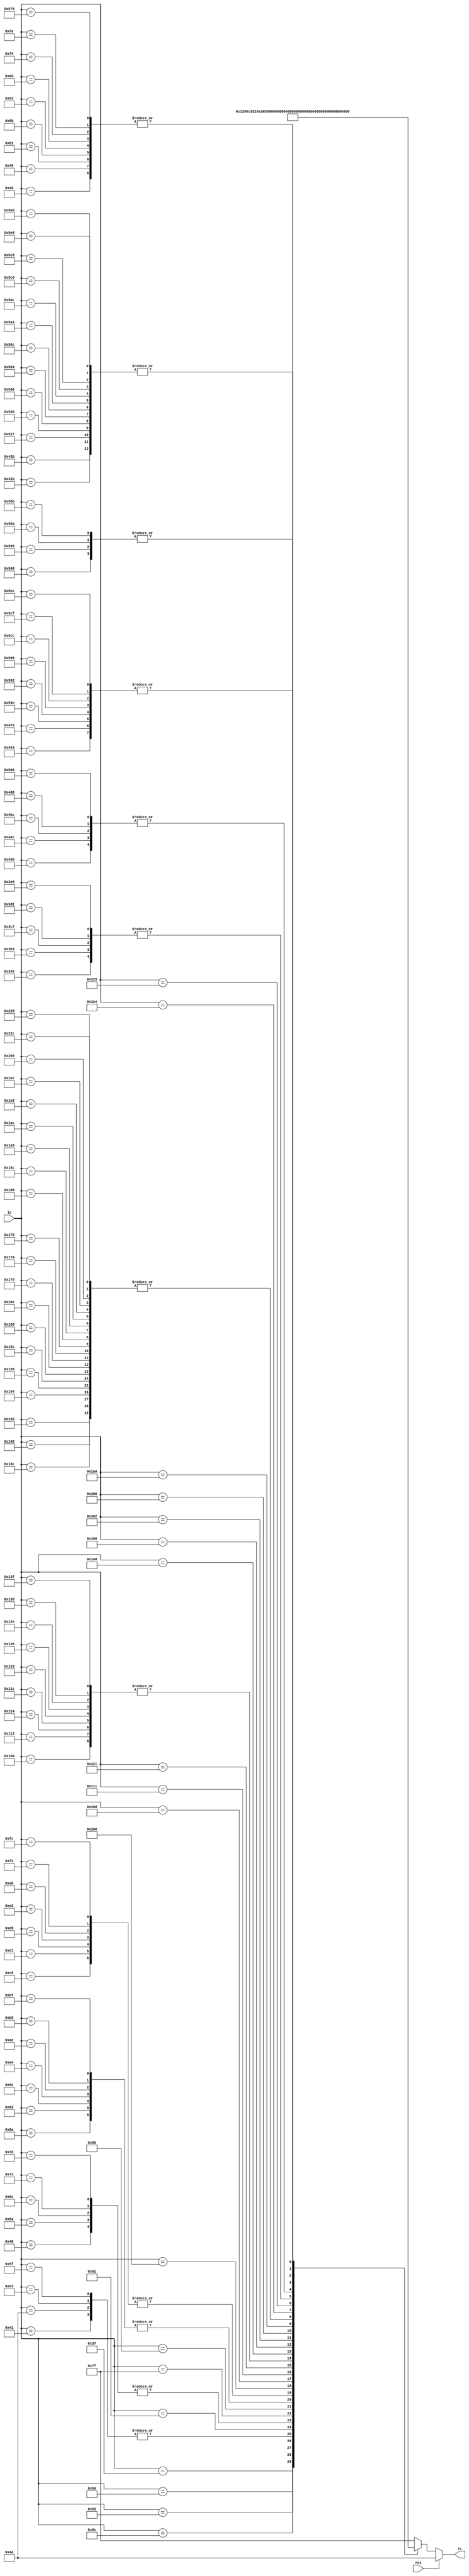
//
// Copyright (c) 2014-2020 by 1801BM1@gmail.com
//
// MC1611 Microinstruction Decoder for LSI-11
// MC1621 Microinstruction Decoder for LSI-11
// MC1621 Programmable Translation Array (PTA) for LSI-11
// Compatible with DEC MCP-1631-07/10/15 MicROM
//______________________________________________________________________________
//
// Array 1/2 takes Location Counter(LC) and provides 7 bit Translation Code (TC)
//
module mcp_pta12
(
   input  rni,          // read next instruction
   input  [10:0] lc,    // location counter
   output [6:0] tc      // translation code
);

reg [6:0] tcr;
assign tc = rni ? 7'h4A : tcr;

always @(*)
case(lc)
   11'b00000110111: tcr <= 7'h25;   // 0067 / 037
   11'b00001000000: tcr <= 7'h13;   // 0100 / 040
   11'b00001000001: tcr <= 7'h51;   // 0101 / 041
   11'b00001001000: tcr <= 7'h32;   // 0110 / 048
   11'b00001001001: tcr <= 7'h13;   // 0111 / 049
   11'b00001001010: tcr <= 7'h51;   // 0112 / 04A
   11'b00001010000: tcr <= 7'h16;   // 0120 / 050
   11'b00001010001: tcr <= 7'h13;   // 0121 / 051
   11'b00001010010: tcr <= 7'h64;   // 0122 / 052
   11'b00001010011: tcr <= 7'h51;   // 0123 / 053
   11'b00001011010: tcr <= 7'h32;   // 0132 / 05A
   11'b00001011011: tcr <= 7'h13;   // 0133 / 05B
   11'b00001011100: tcr <= 7'h4C;   // 0134 / 05C
   11'b00001011111: tcr <= 7'h51;   // 0137 / 05F
   11'b00001100001: tcr <= 7'h23;   // 0141 / 061
   11'b00001100011: tcr <= 7'h13;   // 0143 / 063
   11'b00001101100: tcr <= 7'h32;   // 0154 / 06C
   11'b00001101101: tcr <= 7'h13;   // 0155 / 06D
   11'b00001110011: tcr <= 7'h32;   // 0163 / 073
   11'b00001110100: tcr <= 7'h13;   // 0164 / 074
   11'b00001111101: tcr <= 7'h32;   // 0175 / 07D
   11'b00001111110: tcr <= 7'h13;   // 0176 / 07E
   11'b00001111111: tcr <= 7'h52;   // 0177 / 07F
   11'b00010000000: tcr <= 7'h68;   // 0200 / 080
   11'b00010001010: tcr <= 7'h38;   // 0212 / 08C
   11'b00010010010: tcr <= 7'h38;   // 0222 / 092
   11'b00010011100: tcr <= 7'h38;   // 0234 / 09C
   11'b00010100100: tcr <= 7'h38;   // 0244 / 0A4
   11'b00010101110: tcr <= 7'h38;   // 0256 / 0AE
   11'b00010110101: tcr <= 7'h38;   // 0265 / 0B5
   11'b00010111111: tcr <= 7'h38;   // 0277 / 0BF
   11'b00011001000: tcr <= 7'h15;   // 0310 / 0C8
   11'b00011010001: tcr <= 7'h15;   // 0321 / 0D1
   11'b00011011001: tcr <= 7'h15;   // 0331 / 0D9
   11'b00011100010: tcr <= 7'h15;   // 0342 / 0E2
   11'b00011101011: tcr <= 7'h15;   // 0353 / 0EB
   11'b00011110010: tcr <= 7'h15;   // 0362 / 0F2
   11'b00011111100: tcr <= 7'h15;   // 0374 / 0FC
   11'b00100000000: tcr <= 7'h70;   // 0400 / 100
   11'b00100001010: tcr <= 7'h58;   // 0412 / 10A
   11'b00100001101: tcr <= 7'h2A;   // 0415 / 10D
   11'b00100010001: tcr <= 7'h2C;   // 0421 / 111
   11'b00100010010: tcr <= 7'h58;   // 0422 / 112
   11'b00100010100: tcr <= 7'h58;   // 0424 / 114
   11'b00100011100: tcr <= 7'h58;   // 0434 / 11C
   11'b00100100001: tcr <= 7'h49;   // 0441 / 121
   11'b00100100011: tcr <= 7'h58;   // 0443 / 123
   11'b00100100110: tcr <= 7'h58;   // 0446 / 126
   11'b00100101110: tcr <= 7'h58;   // 0456 / 12E
   11'b00100110101: tcr <= 7'h58;   // 0465 / 135
   11'b00100111111: tcr <= 7'h58;   // 0477 / 13F
   11'b00101000000: tcr <= 7'h0B;   // 0500 / 140
   11'b00101001000: tcr <= 7'h4A;   // 0510 / 148
   11'b00101001100: tcr <= 7'h4A;   // 0514 / 14C
   11'b00101010000: tcr <= 7'h4A;   // 0520 / 150
   11'b00101010100: tcr <= 7'h4A;   // 0524 / 154
   11'b00101011000: tcr <= 7'h4A;   // 0530 / 158
   11'b00101011100: tcr <= 7'h4A;   // 0534 / 15C
   11'b00101100000: tcr <= 7'h07;   // 0540 / 160
   11'b00101100010: tcr <= 7'h26;   // 0542 / 162
   11'b00101101000: tcr <= 7'h4A;   // 0550 / 168
   11'b00101101100: tcr <= 7'h4A;   // 0554 / 16C
   11'b00101110000: tcr <= 7'h4A;   // 0560 / 170
   11'b00101110100: tcr <= 7'h4A;   // 0564 / 174
   11'b00101111000: tcr <= 7'h4A;   // 0570 / 178
   11'b00110000000: tcr <= 7'h0E;   // 0600 / 180
   11'b00110001000: tcr <= 7'h4A;   // 0610 / 188
   11'b00110001100: tcr <= 7'h4A;   // 0614 / 18C
   11'b00110100000: tcr <= 7'h0D;   // 0640 / 1A0
   11'b00110101000: tcr <= 7'h4A;   // 0650 / 1A8
   11'b00110101100: tcr <= 7'h4A;   // 0654 / 1AC
   11'b00111101000: tcr <= 7'h4A;   // 0750 / 1E8
   11'b00111101100: tcr <= 7'h4A;   // 0754 / 1EC
   11'b01000000000: tcr <= 7'h4A;   // 1000 / 200
   11'b01000101000: tcr <= 7'h4A;   // 1050 / 228
   11'b01000101100: tcr <= 7'h4A;   // 1054 / 22C
   11'b01010100100: tcr <= 7'h54;   // 1244 / 2A4
   11'b01100101001: tcr <= 7'h1A;   // 1451 / 329
   11'b01101000010: tcr <= 7'h1C;   // 1502 / 342
   11'b01110110011: tcr <= 7'h1C;   // 1663 / 3B3
   11'b01111000111: tcr <= 7'h1C;   // 1707 / 3C7
   11'b01111010001: tcr <= 7'h1C;   // 1721 / 3D1
   11'b01111101000: tcr <= 7'h1C;   // 1750 / 3E8
   11'b10000011011: tcr <= 7'h34;   // 2033 / 41B
   11'b10000111011: tcr <= 7'h34;   // 2073 / 43B
   11'b10001010011: tcr <= 7'h19;   // 2123 / 453
   11'b10001111010: tcr <= 7'h19;   // 2172 / 47A
   11'b10010010000: tcr <= 7'h62;   // 2220 / 490
   11'b10010101100: tcr <= 7'h62;   // 2254 / 4AC
   11'b10010111100: tcr <= 7'h62;   // 2274 / 4BC
   11'b10011010000: tcr <= 7'h62;   // 2320 / 4D0
   11'b10100000110: tcr <= 7'h62;   // 2406 / 506
   11'b10100100111: tcr <= 7'h34;   // 2447 / 527
   11'b10101001110: tcr <= 7'h19;   // 2516 / 54E
   11'b10101101000: tcr <= 7'h29;   // 2550 / 568
   11'b10101101001: tcr <= 7'h29;   // 2551 / 569
   11'b10101101010: tcr <= 7'h29;   // 2552 / 56A
   11'b10101101011: tcr <= 7'h29;   // 2553 / 56B
   11'b10101111001: tcr <= 7'h13;   // 2571 / 579
   11'b10101000000: tcr <= 7'h34;   // 2500 / 540
   11'b10101100000: tcr <= 7'h34;   // 2540 / 560
   11'b10110000100: tcr <= 7'h34;   // 2604 / 584
   11'b10110001100: tcr <= 7'h34;   // 2614 / 58C
   11'b10110010010: tcr <= 7'h19;   // 2622 / 592
   11'b10110011000: tcr <= 7'h19;   // 2630 / 598
   11'b10110100100: tcr <= 7'h34;   // 2644 / 5A4
   11'b10110101100: tcr <= 7'h34;   // 2654 / 5AC
   11'b10111000000: tcr <= 7'h34;   // 2700 / 5C0
   11'b10111001000: tcr <= 7'h34;   // 2710 / 5C8
   11'b10111001100: tcr <= 7'h19;   // 2714 / 5CC
   11'b10111001111: tcr <= 7'h19;   // 2717 / 5CF
   11'b10111100000: tcr <= 7'h34;   // 2740 / 5E0
   11'b10111101000: tcr <= 7'h34;   // 2750 / 5E8
   11'b10111101100: tcr <= 7'h19;   // 2754 / 5EC
   default: tcr <= 7'h7f;
endcase
endmodule

//______________________________________________________________________________
//
// LoCations of translation
//
//  07: 160
//  0B: 140
//  0D: 1A0
//  0E: 180
//  13: 040 049 051 05B 063 06D 074 07E 579
//  15: 0C8 0D1 0D9 0E2 0EB 0F2 0FC
//  16: 050
// *19: 453 47A 54E 592 598 5CC 5CF 5EC
//  1A: 329
// *1C: 342 3B3 3C7 3D1 3E8
//  23: 061
//  25: 037
// *26: 162
// *29: 568 569 56A 56B
// *2A: 10D
//  2C: 111
//  32: 048 05A 06C 073 07D
// *34: 41B 43B 527 540 560 584 58C 5A4 5AC 5C0 5C8 5E0 5E8
//  38: 08A 092 09C 0A4 0AE 0B5 0BF
//  49: 121
// *4A: 150 154 158 15C 170 174 178 148 14C 168 16C 188 18C
//      1A8 1AC 1E8 1EC 200 228 22C
//  4C: 05C
//  51: 041 04A 053 05F
//  52: 07F
//  54: 2A4
//  58: 10A 112 114 11C 123 126 12E 135 13F
// *62: 4AC 4BC 490 4D0 506
//  64: 052
//  68: 080
//  70: 100
//
//______________________________________________________________________________
//
// Targets locations for the translation (depends on TSR and TR)
//
// 07: 1C0 1C4 1C8 1CC 1D0 1D4 1D8 1DC 1E0 1E4 1E8 1EC 1F0 1F4 1F8 1FC
// 0B: 200 204 208 20C 210 214 218 21C 220 224 228 22C 230 234 238 23C
// 0D: 240 244 248 24C 250 254 258 25C 260 264 268 26C 270 274 278 27C
// 0E: 280 284 288 28C 290 294 298 29C 2A0 2A4 2A8 2AC 2B0 2B4 2B8 2BC
// 13: 080 088 090 098 0A0 0A8 0B0 0B8 2C0 2C8 2D0 2D8 2E0 2E8 2F0 2F8
// 15: 002 012
// 16: 052
// 19: 568 569 56A 56B
// 1A: 163 343 3B4 3C8 3D2 3E9
// 1C: 31D
// 23: 05C
// 25: 020 029 040 064 07F 0E5 11D
// 26: 081 184 1C2 31D
// 29: load lc from return register
// 2A: 035 037 03D 040 041 042 048 04B 050 058 060 068 070 078 07F 09D 0B6 400 579 601
// 2C: 113
// 32: 04A
// 34: 5CF
// 38: 180 181 184 188 18C 190 194 198 19C 1B8 5FC 5FD
// 49: 124
// 4A: 081 10B 184 1BA 1C2 31D
// 4C: 047
// 51: 100 108 110 118 120 128 130 138
// 52: 0C0 0C8 0D0 0D8 0E0 0E8 0F0 0F8
// 54: 2A0
// 58: 1A0 1A1 1A4 1A8 1AC 1B0 1B4 1B8 1BC 5FC 5FD
// 62: 592
// 64: 041
// 68: 140 141 144 148 14C 150 154 158 15C 178 57C 57D
// 70: 160 161 164 168 16C 170 174 178 17C 57C 57D
//______________________________________________________________________________
//
// Known translation description
//
// 13: DMW - destination translation for EIS M0 (tr[5:3])
// 19: PSW - PSW translation that regenerates bit 7 and T-bit, 0x568+flags
// 1C: REF - handle DRAM refresh routine
// 26: QBR - query branch on interrupt requests
// 29: RET - load location counter from return register
// 2A: ID1 - decode upper byte of PDP-11 opcode
// 34: EII - EIS interrupt test (also used for fadd/fsub), 0x5CF on irq
// 4A: RNI - read next instruction
// 62: FII - FIS interrupt test for fmul and fdiv, 0x592 on irq
//______________________________________________________________________________
//
// Array 3/4
//
module mcp_pta34
(
   input  [15:0] tr,    // translation register high/low
   input  [7:1] irq,    // interrupt requests
   input  [6:0] tc,     // translation code
   input  [2:0] ts,     // translation status
   output [10:0] pta,   // programmable translation address
   output [2:0] tsr,    // translation status register
   output lra,          // load return address
   output lta,          // load translation address
   output ltsr          // load translation status register
);

function cmp
(
   input [17:0] ai,
   input [17:0] mi
);
begin
   casex(ai)
      mi:      cmp = 1'b1;
      default: cmp = 1'b0;
   endcase
end
endfunction

wire [99:0] p;
wire [7:0] tmx;
wire q;

assign tmx[7:0] = ts[2] ? tr[7:0] : tr[15:8];
assign q = (tr[14:12] == 3'b000) | (tr[14:12] == 3'b111);

assign p[0]  = cmp({q, ts[1:0], tc, tmx}, {1'b0, 2'bxx, 7'b0x0x0x0, 8'bxxxxxxxx});  // ** ID1
assign p[1]  = cmp({q, ts[1:0], tc, tmx}, {1'b0, 2'bxx, 7'b0x0x0x0, 8'bxxxx1xxx});  // -- ID1
assign p[2]  = cmp({q, ts[1:0], tc, tmx}, {1'b0, 2'bxx, 7'b0x0x0x0, 8'bxxxxx1xx});  // -- ID1
assign p[3]  = cmp({q, ts[1:0], tc, tmx}, {1'b0, 2'bxx, 7'b0x0x0x0, 8'bxxxxxx1x});  // -- ID1
assign p[4]  = cmp({q, ts[1:0], tc, tmx}, {1'b0, 2'bxx, 7'b0x0x0x0, 8'b10xx000x});  // -- ID1
assign p[5]  = cmp({q, ts[1:0], tc, tmx}, {1'b0, 2'bxx, 7'b0x0x0x0, 8'b1x0x000x});  // -- ID1
assign p[6]  = cmp({q, ts[1:0], tc, tmx}, {1'bx, 2'bxx, 7'b0x0x0x0, 8'b10xxxxxx});  // -- ID1
assign p[7]  = cmp({q, ts[1:0], tc, tmx}, {1'bx, 2'bxx, 7'b0x0x0x0, 8'b1x0xxxxx});  // -- ID1
assign p[8]  = cmp({q, ts[1:0], tc, tmx}, {1'bx, 2'bxx, 7'b0x0x0x0, 8'b10xxxxx1});  // -- ID1
assign p[13] = cmp({q, ts[1:0], tc, tmx}, {1'bx, 2'bxx, 7'b0x0x0x0, 8'b10001101});  // ** ID1
assign p[14] = cmp({q, ts[1:0], tc, tmx}, {1'bx, 2'bxx, 7'b0x0x0x0, 8'b0001xxxx});  // -* ID1
assign p[27] = cmp({q, ts[1:0], tc, tmx}, {1'bx, 2'bxx, 7'b0x0x0x0, 8'b1x0xxxx1});  // -- ID1
assign p[28] = cmp({q, ts[1:0], tc, tmx}, {1'bx, 2'bxx, 7'b0x0x0x0, 8'b00000000});  // ** ID1
assign p[30] = cmp({q, ts[1:0], tc, tmx}, {1'bx, 2'bxx, 7'b0x0x0x0, 8'b01110xxx});  // ** ID1
assign p[32] = cmp({q, ts[1:0], tc, tmx}, {1'bx, 2'bxx, 7'b0x0x0x0, 8'b01111010});  // *- ID1
assign p[33] = cmp({q, ts[1:0], tc, tmx}, {1'bx, 2'bxx, 7'b0x0x0x0, 8'bx0000xxx});  // *- ID1
assign p[36] = cmp({q, ts[1:0], tc, tmx}, {1'bx, 2'bxx, 7'b0x0x0x0, 8'b0111111x});  // *- ID1
assign p[37] = cmp({q, ts[1:0], tc, tmx}, {1'bx, 2'bxx, 7'b0x0x0x0, 8'b1000101x});  // ** ID1
assign p[38] = cmp({q, ts[1:0], tc, tmx}, {1'bx, 2'bxx, 7'b0x0x0x0, 8'b10001100});  // ** ID1
assign p[39] = cmp({q, ts[1:0], tc, tmx}, {1'bx, 2'bxx, 7'b0x0x0x0, 8'b0000101x});  // ** ID1
assign p[40] = cmp({q, ts[1:0], tc, tmx}, {1'bx, 2'bxx, 7'b0x0x0x0, 8'b00001100});  // ** ID1
assign p[41] = cmp({q, ts[1:0], tc, tmx}, {1'bx, 2'bxx, 7'b0x0x0x0, 8'b0111100x});  // ** ID1
assign p[42] = cmp({q, ts[1:0], tc, tmx}, {1'bx, 2'bxx, 7'b0x0x0x0, 8'b00001101});  // ** ID1
assign p[43] = cmp({q, ts[1:0], tc, tmx}, {1'bx, 2'bxx, 7'b0x0x0x0, 8'b0000100x});  // ** ID1
assign p[44] = cmp({q, ts[1:0], tc, tmx}, {1'bx, 2'bxx, 7'b0x0x0x0, 8'b10001000});  // *- ID1
assign p[45] = cmp({q, ts[1:0], tc, tmx}, {1'bx, 2'bxx, 7'b0x0x0x0, 8'b10001001});  // *- ID1
assign p[52] = cmp({q, ts[1:0], tc, tmx}, {1'bx, 2'bxx, 7'b0x0x0x0, 8'b1111xxxx});  // *- ID1
                                                                                    //
assign p[9]  = cmp({q, ts[1:0], tc, tmx}, {1'bx, 2'bxx, 7'bx0x00xx, 8'bxxxx1xxx});  // -- 13, 51, 52 (43 not used)
assign p[10] = cmp({q, ts[1:0], tc, tmx}, {1'bx, 2'bxx, 7'bx0x00xx, 8'bxxx1xxxx});  // -- 13, 51, 52 (43 not used)
assign p[11] = cmp({q, ts[1:0], tc, tmx}, {1'bx, 2'bxx, 7'bx0x00xx, 8'bxx1xxxxx});  // -- 13, 51, 52 (43 not used)
assign p[12] = cmp({q, ts[1:0], tc, tmx}, {1'bx, 2'bxx, 7'b00x00xx, 8'bxxxxxxxx});  // ** 13
assign p[15] = cmp({q, ts[1:0], tc, tmx}, {1'bx, 2'bxx, 7'b00x00xx, 8'bxxxxx11x});  // -- 13
assign p[31] = cmp({q, ts[1:0], tc, tmx}, {1'bx, 2'b10, 7'b00x00xx, 8'bxxxxxxxx});  // -- 13
assign p[51] = cmp({q, ts[1:0], tc, tmx}, {1'bx, 2'bxx, 7'bx0x000x, 8'bxxxxxxxx});  // ** 51
assign p[54] = cmp({q, ts[1:0], tc, tmx}, {1'bx, 2'bxx, 7'bx0x000x, 8'bxxxxx11x});  // -- 51
assign p[66] = cmp({q, ts[1:0], tc, tmx}, {1'bx, 2'bxx, 7'bx0x00x0, 8'bxxxxxxxx});  // *- 52
                                                                                    //
assign p[16] = cmp({q, ts[1:0], tc, tmx}, {1'bx, 2'bxx, 7'bxxxx000, 8'bxxx1xxxx});  // -- 38, 58, 68, 70
assign p[17] = cmp({q, ts[1:0], tc, tmx}, {1'bx, 2'bxx, 7'bxxxx000, 8'bxx1xxxxx});  // -- 38, 58, 68, 70
assign p[18] = cmp({q, ts[1:0], tc, tmx}, {1'bx, 2'bxx, 7'bxxxx000, 8'bx1xxxxxx});  // -- 38, 58, 68, 70
assign p[20] = cmp({q, ts[1:0], tc, tmx}, {1'bx, 2'bxx, 7'bxxxx000, 8'bxxxxx1xx});  // -- 38, 58, 68, 70
assign p[21] = cmp({q, ts[1:0], tc, tmx}, {1'bx, 2'bxx, 7'bxxxx000, 8'bxxxxxxx1});  // -- 38, 58, 68, 70
assign p[23] = cmp({q, ts[1:0], tc, tmx}, {1'bx, 2'bxx, 7'bxxxx000, 8'b1110xxxx});  // -- 38, 58, 68, 70
assign p[24] = cmp({q, ts[1:0], tc, tmx}, {1'bx, 2'bxx, 7'bxxxx000, 8'b00000000});  // -- 38, 58, 68, 70
assign p[76] = cmp({q, ts[1:0], tc, tmx}, {1'bx, 2'bxx, 7'bxxxx000, 8'b01110x1x});  // -- 38, 58, 68, 70
assign p[77] = cmp({q, ts[1:0], tc, tmx}, {1'bx, 2'bxx, 7'bxxxx000, 8'b01110x0x});  // -- 38, 58, 68, 70
assign p[19] = cmp({q, ts[1:0], tc, tmx}, {1'bx, 2'bxx, 7'bxxx0000, 8'bxxxxxxxx});  // ** 70
assign p[22] = cmp({q, ts[1:0], tc, tmx}, {1'bx, 2'bxx, 7'bxx0x000, 8'bxxxxxxxx});  // ** 68
assign p[25] = cmp({q, ts[1:0], tc, tmx}, {1'bx, 2'bxx, 7'bx0xx000, 8'bxxxxxxxx});  // ** 58
assign p[26] = cmp({q, ts[1:0], tc, tmx}, {1'bx, 2'bxx, 7'b0xxx000, 8'bxxxxxxxx});  // ** 38
                                                                                    //
assign p[29] = cmp({q, ts[1:0], tc, tmx}, {1'bx, 2'bxx, 7'b0x00x0x, 8'b00000xxx});  // *- 25
assign p[35] = cmp({q, ts[1:0], tc, tmx}, {1'bx, 2'bxx, 7'b0x00x0x, 8'b00000x10});  // *- 25
assign p[63] = cmp({q, ts[1:0], tc, tmx}, {1'bx, 2'bxx, 7'b0x00x0x, 8'b10000xxx});  // *- 25
assign p[64] = cmp({q, ts[1:0], tc, tmx}, {1'bx, 2'bxx, 7'b0x00x0x, 8'b01xxxxxx});  // *- 25
assign p[65] = cmp({q, ts[1:0], tc, tmx}, {1'bx, 2'bxx, 7'b0x00x0x, 8'b11xxxxxx});  // *- 25
assign p[78] = cmp({q, ts[1:0], tc, tmx}, {1'bx, 2'bxx, 7'b0x00x0x, 8'b1010xxxx});  // *- 25
assign p[79] = cmp({q, ts[1:0], tc, tmx}, {1'bx, 2'bxx, 7'b0x00x0x, 8'b1011xxxx});  // *- 25
                                                                                    //
assign p[55] = cmp({q, ts[1:0], tc, tmx}, {1'bx, 2'bxx, 7'b000xxxx, 8'b1xxxxxxx});  // -- 07, 0B, 0D, 0E
assign p[56] = cmp({q, ts[1:0], tc, tmx}, {1'bx, 2'bxx, 7'b000xxxx, 8'bx1xxxxxx});  // -- 07, 0B, 0D, 0E
assign p[57] = cmp({q, ts[1:0], tc, tmx}, {1'bx, 2'bx1, 7'b000xxxx, 8'bxxxxxxxx});  // -- 07, 0B, 0D, 0E
assign p[58] = cmp({q, ts[1:0], tc, tmx}, {1'bx, 2'b1x, 7'b000xxxx, 8'bxxxxxxxx});  // -- 07, 0B, 0D, 0E
assign p[59] = cmp({q, ts[1:0], tc, tmx}, {1'bx, 2'bxx, 7'b0000xxx, 8'bxxxxxxxx});  // *- 07
assign p[60] = cmp({q, ts[1:0], tc, tmx}, {1'bx, 2'bxx, 7'b000x0xx, 8'bxxxxxxxx});  // *- 0B
assign p[61] = cmp({q, ts[1:0], tc, tmx}, {1'bx, 2'bxx, 7'b000xx0x, 8'bxxxxxxxx});  // *- 0D
assign p[62] = cmp({q, ts[1:0], tc, tmx}, {1'bx, 2'bxx, 7'b000xxx0, 8'bxxxxxxxx});  // *- 0E
                                                                                    //
assign p[34] = cmp({q, ts[1:0], tc, tmx}, {1'bx, 2'bxx, 7'bx0x0x00, 8'bxxxxxxxx});  // *- 54
assign p[46] = cmp({q, ts[1:0], tc, tmx}, {1'bx, 2'bx1, 7'b0xx00x0, 8'bxxxxxxxx});  // *- 32
assign p[47] = cmp({q, ts[1:0], tc, tmx}, {1'bx, 2'bx1, 7'b00x0xx0, 8'bxxxxxxxx});  // *- 16
assign p[48] = cmp({q, ts[1:0], tc, tmx}, {1'bx, 2'bx1, 7'b0x000xx, 8'bxxxxxxxx});  // *- 23
assign p[49] = cmp({q, ts[1:0], tc, tmx}, {1'bx, 2'b1x, 7'bxx00x00, 8'b1xxxxxxx});  // *- 64
assign p[50] = cmp({q, ts[1:0], tc, tmx}, {1'bx, 2'b1x, 7'bx00xx00, 8'b1xxxxxxx});  // *- 4C
assign p[71] = cmp({q, ts[1:0], tc, tmx}, {1'bx, 2'b1x, 7'b0x0xx00, 8'bxxxxxxxx});  // *- 2C
assign p[72] = cmp({q, ts[1:0], tc, tmx}, {1'bx, 2'b1x, 7'bx00x00x, 8'bxxxxxxxx});  // *- 49
assign p[74] = cmp({q, ts[1:0], tc, tmx}, {1'bx, 2'bxx, 7'b0x0x00x, 8'bxxxxxxxx});  // -- DMW (LRA)
                                                                                    //
assign p[67] = cmp({q, ts[1:0], tc, tmx}, {1'bx, 2'bx1, 7'b00x0x0x, 8'bxxxxxxxx});  // *- 15
assign p[68] = cmp({q, ts[1:0], tc, tmx}, {1'bx, 2'b11, 7'b00x0x0x, 8'b11xxxxxx});  // *- 15
assign p[53] = cmp({q, ts[1:0], tc, tmx}, {1'bx, 2'bxx, 7'b00xx00x, 8'b1xxxxxxx});  // -- PSW
assign p[70] = cmp({q, ts[1:0], tc, tmx}, {1'bx, 2'bxx, 7'b00xx00x, 8'bxxx1xxxx});  // -- PSW
assign p[75] = cmp({q, ts[1:0], tc, tmx}, {1'bx, 2'bxx, 7'b00xx00x, 8'bxxxxxxxx});  // *- PSW
                                                                                    //
assign p[83] = cmp({q, ts[1:0], tc, tmx}, {1'bx, 2'bxx, 7'b00xx0x0, 8'b0000xxxx});  // *- 1A
assign p[73] = cmp({q, ts[1:0], tc, tmx}, {1'bx, 2'bxx, 7'b00xx0x0, 8'b0001xxxx});  // *- 1A
assign p[82] = cmp({q, ts[1:0], tc, tmx}, {1'bx, 2'bxx, 7'b00xx0x0, 8'b0010xxxx});  // *- 1A
assign p[81] = cmp({q, ts[1:0], tc, tmx}, {1'bx, 2'bxx, 7'b00xx0x0, 8'b0100xxxx});  // *- 1A
assign p[80] = cmp({q, ts[1:0], tc, tmx}, {1'bx, 2'bxx, 7'b00xx0x0, 8'b0110xxxx});  // *- 1A
assign p[69] = cmp({q, ts[1:0], tc, tmx}, {1'bx, 2'bxx, 7'b00xx0x0, 8'b1000xxxx});  // *- 1A
//
// Interrupt register irq[7:1]
//  i6   - interrupt handling by microcode at 0x604 (for both event and device)
//  i5   - interrupt enabled (for both event and device)
//  i4   - trace trap
//  i3   - memory refresh request
//  i2   - power fail, bus fault (distinguish by a FAST DATA IN cycle)
//  i1   - event interrupt (line time clock)
//  i0   - device vector interrupt
//
assign p[95] = cmp({q, ts[1:0], tc, 1'b0, irq[7:1]}, {1'bx, 2'bxx, 7'b00xxx00, 8'bxxxx1xxx}); // REF
assign p[84] = cmp({q, ts[1:0], tc, 1'b0, irq[7:1]}, {1'bx, 2'bxx, 7'bxx000x0, 8'bxx1xxx01}); // FII
assign p[88] = cmp({q, ts[1:0], tc, 1'b0, irq[7:1]}, {1'bx, 2'bxx, 7'bxx000x0, 8'bxx1xxx1x}); // FII
assign p[85] = cmp({q, ts[1:0], tc, 1'b0, irq[7:1]}, {1'bx, 2'bxx, 7'b0xx0x00, 8'bxx1xxx01}); // EII
assign p[86] = cmp({q, ts[1:0], tc, 1'b0, irq[7:1]}, {1'bx, 2'bxx, 7'b0xx0x00, 8'bxx1xxx1x}); // EII
assign p[87] = cmp({q, ts[1:0], tc, 1'b0, irq[7:1]}, {1'bx, 2'bxx, 7'b0x00xx0, 8'bxx100001}); // QBR
assign p[90] = cmp({q, ts[1:0], tc, 1'b0, irq[7:1]}, {1'bx, 2'bxx, 7'b0x00xx0, 8'bxx10001x}); // QBR
assign p[91] = cmp({q, ts[1:0], tc, 1'b0, irq[7:1]}, {1'bx, 2'bxx, 7'b0x00xx0, 8'bxxx001xx}); // QBR
assign p[92] = cmp({q, ts[1:0], tc, 1'b0, irq[7:1]}, {1'bx, 2'bxx, 7'b0x00xx0, 8'bxxxx1xxx}); // QBR
                                                                                              //
assign p[89] = cmp({q, ts[1:0], tc, 1'b0, irq[7:1]}, {1'bx, 2'bxx, 7'bx00x0x0, 8'bx00000xx}); // RNI
assign p[99] = cmp({q, ts[1:0], tc, 1'b0, irq[7:1]}, {1'bx, 2'bxx, 7'bx00x0x0, 8'bx0x00000}); // RNI
assign p[93] = cmp({q, ts[1:0], tc, 1'b0, irq[7:1]}, {1'bx, 2'bxx, 7'bx00x0x0, 8'bx0100001}); // RNI
assign p[96] = cmp({q, ts[1:0], tc, 1'b0, irq[7:1]}, {1'bx, 2'bxx, 7'bx00x0x0, 8'bx010001x}); // RNI
assign p[97] = cmp({q, ts[1:0], tc, 1'b0, irq[7:1]}, {1'bx, 2'bxx, 7'bx00x0x0, 8'bx0x001xx}); // RNI
assign p[98] = cmp({q, ts[1:0], tc, 1'b0, irq[7:1]}, {1'bx, 2'bxx, 7'bx00x0x0, 8'bx0xx1xxx}); // RNI
assign p[94] = cmp({q, ts[1:0], tc, 1'b0, irq[7:1]}, {1'bx, 2'bxx, 7'bx00x0x0, 8'bx0x10xxx}); // RNI

assign lra = p[74];
assign lta = p[0]  | p[12] | p[13] | p[19] | p[22] | p[25] | p[26] | p[28] | p[29] | p[30]
           | p[32] | p[33] | p[34] | p[35] | p[36] | p[37] | p[38] | p[39] | p[40] | p[41]
           | p[42] | p[43] | p[44] | p[45] | p[46] | p[47] | p[48] | p[49] | p[50] | p[51]
           | p[52] | p[59] | p[60] | p[61] | p[62] | p[63] | p[64] | p[65] | p[66] | p[67]
           | p[68] | p[69] | p[71] | p[72] | p[73] | p[75] | p[78] | p[79] | p[80] | p[81]
           | p[82] | p[83] | p[84] | p[85] | p[86] | p[87] | p[88] | p[89] | p[90] | p[91]
           | p[92] | p[93] | p[94] | p[95] | p[96] | p[97] | p[98] | p[99];

assign ltsr = p[0]  | p[12] | p[13] | p[14] | p[19] | p[22] | p[25] | p[26] | p[28] | p[30]
            | p[37] | p[38] | p[39] | p[40] | p[41] | p[42] | p[43] | p[51] | p[84] | p[85]
            | p[86] | p[87] | p[88] | p[89] | p[90] | p[91] | p[92] | p[93] | p[94] | p[95]
            | p[96] | p[97] | p[98] | p[99];

assign tsr[0] = p[6]  | p[7]  | p[21] | p[43] | p[53];
assign tsr[1] = p[8]  | p[14] | p[15] | p[20] | p[27] | p[54];
assign tsr[2] = p[0]  | p[13] | p[19] | p[22] | p[25] | p[26] | p[28]
              | p[30] | p[37] | p[38] | p[39] | p[40] | p[41] | p[42] | p[43];

assign pta[0] = p[4] | p[5] | p[13] | p[24] | p[30] | p[33] | p[35] | p[36] | p[37] | p[38]
              | p[43] | p[45] | p[49] | p[50] | p[52] | p[64] | p[69] | p[70] | p[71] | p[77]
              | p[78] | p[79] | p[80] | p[83] | p[85] | p[86] | p[87] | p[89] | p[92] | p[93]
              | p[95] | p[98] | p[99];
assign pta[1] = p[28] | p[36] | p[42] | p[43] | p[44] | p[46] | p[47] | p[50] | p[53] | p[64]
              | p[67] | p[68] | p[69] | p[71] | p[81] | p[83] | p[84] | p[85] | p[86] | p[88]
              | p[89] | p[90] | p[94] | p[96] | p[99];
assign pta[2] = p[13] | p[16] | p[33] | p[43] | p[44] | p[45] | p[48] | p[50] | p[55] | p[63]
              | p[64] | p[72] | p[73] | p[78] | p[79] | p[85] | p[86] | p[91] | p[92] | p[95]
              | p[97] | p[98];
assign pta[3] = p[3] | p[9] | p[13] | p[17] | p[30] | p[35] | p[36] | p[43] | p[45] | p[46]
              | p[48] | p[56] | p[64] | p[75] | p[78] | p[80] | p[82] | p[85] | p[86] | p[89]
              | p[92] | p[94] | p[95] | p[98] | p[99];
assign pta[4] = p[2] | p[10] | p[13] | p[18] | p[30] | p[33] | p[43] | p[44] | p[45] | p[47]
              | p[48] | p[57] | p[64] | p[68] | p[71] | p[73] | p[78] | p[81] | p[84] | p[88]
              | p[92] | p[94] | p[95] | p[98];
assign pta[5] = p[1] | p[11] | p[13] | p[19] | p[23] | p[25] | p[29] | p[30] | p[33] | p[34]
              | p[43] | p[44] | p[58] | p[63] | p[64] | p[72] | p[73] | p[75] | p[76] | p[77]
              | p[79] | p[80] | p[83] | p[94];
assign pta[6] = p[0] | p[19] | p[22] | p[30] | p[31] | p[36] | p[37] | p[38] | p[39] | p[40]
              | p[41] | p[42] | p[43] | p[46] | p[47] | p[48] | p[49] | p[50] | p[59] | p[61]
              | p[63] | p[64] | p[65] | p[66] | p[69] | p[75] | p[76] | p[77] | p[79] | p[80]
              | p[81] | p[82] | p[83] | p[85] | p[86] | p[90] | p[96];
assign pta[7] = p[12] | p[25] | p[26] | p[34] | p[44] | p[45] | p[59] | p[62] | p[66] | p[73]
              | p[79] | p[80] | p[81] | p[82] | p[84] | p[85] | p[86] | p[87] | p[88] | p[90]
              | p[91] | p[93] | p[94] | p[96] | p[97];
assign pta[8] = p[19] | p[22] | p[25] | p[26] | p[30] | p[51] | p[59] | p[69] | p[71] | p[72]
              | p[73] | p[75] | p[78] | p[80] | p[81] | p[82] | p[83] | p[84] | p[85] | p[86]
              | p[88] | p[89] | p[90] | p[91] | p[92] | p[94] | p[95] | p[96] | p[97] | p[98]
              | p[99];
assign pta[9] = p[31] | p[34] | p[52] | p[60] | p[61] | p[62] | p[69] | p[73] | p[80] | p[81]
              | p[82] | p[92] | p[95] | p[98];
assign pta[10] = p[30] | p[32] | p[52] | p[75] | p[76] | p[77] | p[84] | p[85] | p[86] | p[88];

endmodule

//______________________________________________________________________________
//
module mcp_pta
(
   input  rni,          // read next instruction
   input  [10:0] lc,    // location counter
   input  [15:0] tr,    // translation register
   input  [2:0] ts,     // translation status
   input  [7:1] irq,    // interrupt requests
   output [10:0] pta,   // programmable translation address
   output [2:0] tsr,    // translation status register
   output lra,          // load return address
   output lta,          // load translation address
   output ltsr          // load translation status register
);

wire [6:0] tc;

mcp_pta12 pta12
(
   .rni(rni),
   .lc(lc),
   .tc(tc)
);

mcp_pta34 pta34
(
   .tr(tr),
   .irq(irq),
   .tc(tc),
   .ts(ts),
   .pta(pta),
   .tsr(tsr),
   .lra(lra),
   .lta(lta),
   .ltsr(ltsr)
);
endmodule

//______________________________________________________________________________
//
// Decoding microinstruction array for 1621 (Control Chip)
//
module mcp_plc
(
   input  q,            // Q input
   input  [15:0] mir,   // microinstruction
   output [19:0] plm    // matrix output
);

wire [23:0]pl;

function cmp
(
   input [8:0] ai,
   input [8:0] mi
);
begin
   casex(ai)
      mi:      cmp = 1'b1;
      default: cmp = 1'b0;
   endcase
end
endfunction

assign pl[0]  = cmp({q, mir[15:8]}, 9'b0000xxxxx); // jmp/jxx/rfs
assign pl[20] = cmp({q, mir[15:8]}, 9'b011110x1x); // riw/wiw
assign pl[21] = cmp({q, mir[15:8]}, 9'b01110xx1x); // isw/ltr
assign pl[22] = cmp({q, mir[15:8]}, 9'b0110xxx1x); // word ops
assign pl[23] = cmp({q, mir[15:8]}, 9'b010xxxx1x); // word ops

assign pl[1]  = cmp({q, mir[15:8]}, 9'b000000xxx); // jmp
assign pl[2]  = cmp({q, mir[15:8]}, 9'b00001xxxx); // jxx
assign pl[3]  = cmp({q, mir[15:8]}, 9'b000001xxx); // rfs
assign pl[4]  = cmp({q, mir[15:8]}, 9'bx111000xx); // ib/iw
assign pl[5]  = cmp({q, mir[15:8]}, 9'bx1111110x); // ob/ow/os
assign pl[6]  = cmp({q, mir[15:8]}, 9'b011101110); // ltr
assign pl[7]  = cmp({q, mir[15:8]}, 9'bx11111110); // os
assign pl[8]  = cmp({q, mir[15:8]}, 9'b01110001x); // iw
assign pl[9]  = cmp({q, mir[15:8]}, 9'b011110xx1); // wixx
assign pl[10] = cmp({q, mir[15:8]}, 9'bx111110x1); // ob
assign pl[11] = cmp({q, mir[15:8]}, 9'bx11111100);
assign pl[12] = cmp({q, mir[15:8]}, 9'bx01110000);
assign pl[13] = cmp({q, mir[15:8]}, 9'bx01110001);
assign pl[14] = cmp({q, mir[15:8]}, 9'bx01110100);
assign pl[15] = cmp({q, mir[15:8]}, 9'b0111110xx); // r/w/o
assign pl[16] = cmp({q, mir[15:8]}, 9'b011110xxx); // rixx/wixx
assign pl[17] = cmp({q, mir[15:8]}, 9'b011110xx0); // rixx
assign pl[18] = cmp({q, mir[15:8]}, 9'bx111110x0); // r/ra
assign pl[19] = cmp({q, mir[15:8]}, 9'bx1111101x); // ra/wa

assign plm[19:1] = pl[19:1];
assign plm[0] = pl[0] | pl[20] | pl[21] | pl[22] | pl[23];
endmodule

//______________________________________________________________________________
//
// Decoding microinstruction array for 1611 (Data Chip)
//
module mcp_pld
(
   input  inpl,         // input enable
   input  [7:0] psw,    // PSW flags
   input  [15:0] mir,   // microinstruction
   output [20:0] pld    // matrix output, C3 latch
);

wire [55:0] p;
wire [20:0] pl;
wire [20:0] pl_n;

function cmp
(
   input [9:0] ai,
   input [9:0] mi
);
begin
   casex(ai)
      mi:      cmp = 1'b1;
      default: cmp = 1'b0;
   endcase
end
endfunction

assign p[0]  = cmp({inpl, psw[0], mir[15:8]}, 10'bxx01110011);
assign p[1]  = cmp({inpl, psw[0], mir[15:8]}, 10'bxx0111011x);
assign p[2]  = cmp({inpl, psw[0], mir[15:8]}, 10'bxx01110010);
assign p[3]  = cmp({inpl, psw[0], mir[15:8]}, 10'bxx11011xxx);
assign p[4]  = cmp({inpl, psw[0], mir[15:8]}, 10'bxx11100x0x);
assign p[5]  = cmp({inpl, psw[0], mir[15:8]}, 10'bxx11100x1x);
assign p[6]  = cmp({inpl, psw[0], mir[15:8]}, 10'b0x111101xx);
assign p[7]  = cmp({inpl, psw[0], mir[15:8]}, 10'b0x100101xx);
assign p[8]  = cmp({inpl, psw[0], mir[15:8]}, 10'b0110x010xx);
assign p[9]  = cmp({inpl, psw[0], mir[15:8]}, 10'b00101110xx);
assign p[10] = cmp({inpl, psw[0], mir[15:8]}, 10'b0x0011xxxx);
assign p[11] = cmp({inpl, psw[0], mir[15:8]}, 10'b0x111100xx);
assign p[12] = cmp({inpl, psw[0], mir[15:8]}, 10'b0x10110xxx);
assign p[13] = cmp({inpl, psw[0], mir[15:8]}, 10'b0x1001x0xx);
assign p[14] = cmp({inpl, psw[0], mir[15:8]}, 10'bxx000xxxxx);
assign p[15] = cmp({inpl, psw[0], mir[15:8]}, 10'bxx0010xxxx);
assign p[16] = cmp({inpl, psw[0], mir[15:8]}, 10'bxx0011xxxx);
assign p[17] = cmp({inpl, psw[0], mir[15:8]}, 10'bxx0100xxxx);
assign p[18] = cmp({inpl, psw[0], mir[15:8]}, 10'bxx0101xxxx);
assign p[19] = cmp({inpl, psw[0], mir[15:8]}, 10'bxx0110xxxx);
assign p[20] = cmp({inpl, psw[0], mir[15:8]}, 10'bxx0111xxxx);
assign p[21] = cmp({inpl, psw[0], mir[15:8]}, 10'bxx011100xx);
assign p[22] = cmp({inpl, psw[0], mir[15:8]}, 10'bxxx1110010);
assign p[23] = cmp({inpl, psw[0], mir[15:8]}, 10'bxx0111010x);
assign p[24] = cmp({inpl, psw[0], mir[15:8]}, 10'bxx01110110);
assign p[25] = cmp({inpl, psw[0], mir[15:8]}, 10'bxx01110111);
assign p[26] = cmp({inpl, psw[0], mir[15:8]}, 10'bxx01111xxx);
assign p[27] = cmp({inpl, psw[0], mir[15:8]}, 10'bxx10000xxx);
assign p[28] = cmp({inpl, psw[0], mir[15:8]}, 10'bxx10001xxx);
assign p[29] = cmp({inpl, psw[0], mir[15:8]}, 10'bxx10010xxx);
assign p[30] = cmp({inpl, psw[0], mir[15:8]}, 10'bxx10011xxx);
assign p[31] = cmp({inpl, psw[0], mir[15:8]}, 10'bxx1010xxxx);
assign p[32] = cmp({inpl, psw[0], mir[15:8]}, 10'bxx1011x0xx);
assign p[33] = cmp({inpl, psw[0], mir[15:8]}, 10'bxx101101xx);
assign p[34] = cmp({inpl, psw[0], mir[15:8]}, 10'bxx101111xx);
assign p[35] = cmp({inpl, psw[0], mir[15:8]}, 10'bxx110000xx);
assign p[36] = cmp({inpl, psw[0], mir[15:8]}, 10'bxx110001xx);
assign p[37] = cmp({inpl, psw[0], mir[15:8]}, 10'bxx110010xx);
assign p[38] = cmp({inpl, psw[0], mir[15:8]}, 10'bxx110011xx);
assign p[39] = cmp({inpl, psw[0], mir[15:8]}, 10'bxx110100xx);
assign p[40] = cmp({inpl, psw[0], mir[15:8]}, 10'bxx110101xx);
assign p[41] = cmp({inpl, psw[0], mir[15:8]}, 10'bxx11011xxx);
assign p[42] = cmp({inpl, psw[0], mir[15:8]}, 10'bxx11100xxx);
assign p[43] = cmp({inpl, psw[0], mir[15:8]}, 10'bxx111x1xxx);
assign p[44] = cmp({inpl, psw[0], mir[15:8]}, 10'bxx11110xxx);
assign p[45] = cmp({inpl, psw[0], mir[15:8]}, 10'b0x1xxxxxxx);
assign p[46] = cmp({inpl, psw[0], mir[15:8]}, 10'bxx10xxxx0x);
assign p[47] = cmp({inpl, psw[0], mir[15:8]}, 10'bxx1111xx0x);
assign p[48] = cmp({inpl, psw[0], mir[15:8]}, 10'bxx10xxxxx1);
assign p[49] = cmp({inpl, psw[0], mir[15:8]}, 10'bxx1x0xxxx1);
assign p[50] = cmp({inpl, psw[0], mir[15:8]}, 10'bxx1xx0xxx1);
assign p[51] = cmp({inpl, psw[0], mir[15:8]}, 10'b0x000xxxxx);
assign p[52] = cmp({inpl, psw[0], mir[15:8]}, 10'b0x11110x1x);
assign p[53] = cmp({inpl, psw[0], mir[15:8]}, 10'b0x1110xx1x);
assign p[54] = cmp({inpl, psw[0], mir[15:8]}, 10'b0x110xxx1x);
assign p[55] = cmp({inpl, psw[0], mir[15:8]}, 10'b0x10xxxx1x);

assign pl[12:0] = 13'b0000000000000;
assign pl[13] = p[8] | p[9] | p[10] | p[11] | p[12] | p[13];
assign pl[14] = p[6] | p[7];
assign pl[15] = p[0];
assign pl[16] = p[1];
assign pl[17] = p[2];
assign pl[18] = p[3];
assign pl[19] = p[4];
assign pl[20] = p[5];

assign pl_n[0]  = p[14] | p[16] | p[17] | p[18] | p[19] | p[21] | p[23] | p[24] | p[26] | p[27]
                | p[29] | p[30] | p[32] | p[33] | p[35] | p[36] | p[37] | p[38] | p[39] | p[40]
                | p[41] | p[42] | p[43] | p[44];
assign pl_n[1]  = p[14] | p[15] | p[17] | p[18] | p[19] | p[21] | p[23] | p[24] | p[26] | p[27]
                | p[28] | p[29] | p[30] | p[31] | p[34] | p[35] | p[36] | p[37] | p[38] | p[39]
                | p[40] | p[41] | p[42] | p[43] | p[44];
assign pl_n[2]  = p[14] | p[15] | p[16] | p[17] | p[18] | p[19] | p[20] | p[27] | p[29] | p[30]
                | p[31] | p[32] | p[33] | p[35] | p[36] | p[37] | p[38] | p[39] | p[40] | p[41]
                | p[42] | p[43] | p[44];
assign pl_n[3]  = p[14] | p[15] | p[17] | p[18] | p[19] | p[21] | p[23] | p[24] | p[26] | p[27]
                | p[28] | p[29] | p[31] | p[35] | p[36] | p[37] | p[38] | p[39] | p[40] | p[41]
                | p[42] | p[43] | p[44];
assign pl_n[4]  = p[14] | p[16] | p[17] | p[18] | p[21] | p[23] | p[24] | p[26] | p[28] | p[30]
                | p[32] | p[33] | p[34] | p[35] | p[36] | p[39] | p[40] | p[42] | p[43] | p[44];
assign pl_n[5]  = p[14] | p[16] | p[17] | p[18] | p[19] | p[21] | p[23] | p[25] | p[26] | p[27]
                | p[28] | p[29] | p[32] | p[33] | p[35] | p[36] | p[40] | p[41] | p[42] | p[43];
assign pl_n[6]  = p[14] | p[15] | p[21] | p[23] | p[25] | p[26] | p[28] | p[30] | p[31] | p[34]
                | p[38] | p[39] | p[40] | p[42] | p[43];
assign pl_n[7]  = p[48] | p[49] | p[50];
assign pl_n[8]  = p[15] | p[16] | p[17] | p[18] | p[19] | p[24] | p[25] | p[27] | p[28] | p[29]
                | p[30] | p[31] | p[32] | p[33] | p[34] | p[35] | p[36] | p[37] | p[38] | p[39]
                | p[41] | p[42] | p[44];
assign pl_n[9]  = p[15] | p[16] | p[24] | p[25] | p[28] | p[29] | p[30] | p[31] | p[32] | p[33]
                | p[34] | p[41] | p[44];
assign pl_n[10] = p[15] | p[17] | p[19] | p[22] | p[24] | p[25] | p[27] | p[28] | p[29] | p[30]
                | p[31] | p[32] | p[34] | p[35] | p[37] | p[38] | p[39] | p[41] | p[42] | p[44];
assign pl_n[11] = p[16] | p[30] | p[32] | p[33] | p[34];
assign pl_n[12] = p[51] | p[52] | p[53] | p[54] | p[55];
assign pl_n[13] = p[14] | p[15] | p[16] | p[17] | p[18] | p[19] | p[21] | p[23] | p[26] | p[27]
                | p[35] | p[36] | p[37] | p[38] | p[39] | p[40] | p[41] | p[42] | p[43] | p[45]
                | p[46] | p[47] | ~psw[4];
assign pl_n[20:14] = 7'b1111111;

assign pld = pl | ~pl_n;
endmodule

//______________________________________________________________________________
//
// Decoding jump microinstruction array for 1611 (Data Chip)
//
module mcp_plj
(
   input  inpl,         // input enable
   input  icc,          // indirect condition code
   input  [7:0] psw,    // PSW flags
   input  [15:8] mir,   // microinstruction
   output jump          // jump condition met
);

wire [15:0] pl;
//
// ALU/status flags [7:0] "NB ZB C4 C8 N Z V C"
//
assign pl[0]  = (mir[15:8] == 8'h10) & ~psw[6];    // jzbf - if ZB is false
assign pl[1]  = (mir[15:8] == 8'h11) &  psw[6];    // jzbt - if ZB is true
assign pl[2]  = (mir[15:8] == 8'h12) & ~psw[4];    // jc8f - if C8 is false
assign pl[3]  = (mir[15:8] == 8'h13) &  psw[4];    // jc8t - if C8 is true
assign pl[4]  = (mir[15:8] == 8'h14) & ~icc;       // jif - if ICC is false
assign pl[5]  = (mir[15:8] == 8'h15) &  icc;       // jit - if ICC is true
assign pl[6]  = (mir[15:8] == 8'h16) & ~psw[7];    // jnbf - if NB is false
assign pl[7]  = (mir[15:8] == 8'h17) &  psw[7];    // jnbt - if NB is true
assign pl[8]  = (mir[15:8] == 8'h18) & ~psw[2];    // jzf - if Z is false
assign pl[9]  = (mir[15:8] == 8'h19) &  psw[2];    // jzt - if Z is true
assign pl[10] = (mir[15:8] == 8'h1a) & ~psw[0];    // jcf - if C is false
assign pl[11] = (mir[15:8] == 8'h1b) &  psw[0];    // jct - if C is true
assign pl[12] = (mir[15:8] == 8'h1c) & ~psw[1];    // jvf - if V is false
assign pl[13] = (mir[15:8] == 8'h1d) &  psw[1];    // jvt - if V is true
assign pl[14] = (mir[15:8] == 8'h1e) & ~psw[3];    // jnf - if N is false
assign pl[15] = (mir[15:8] == 8'h1f) &  psw[3];    // jnt - if N is true

assign jump = ~inpl & |pl;
endmodule

//______________________________________________________________________________
//
// Decoding microinstruction array for 1611 (Data Chip)
//
module mcp_pli
(
   input  inpl,         // input enable
   input  [15:8] mir,   // microinstruction
   output [10:0] dmi    // decoded output
);
wire [10:0] pl;

function cmp
(
   input [7:0] ai,
   input [7:0] mi
);
begin
   casex(ai)
      mi:      cmp = 1'b1;
      default: cmp = 1'b0;
   endcase
end
endfunction

assign pl[0]  = cmp(mir[15:8], 8'b1010111x);  // cawi
assign pl[1]  = cmp(mir[15:8], 8'b10x001xx);  // cmb/cmw/cab/caw
assign pl[2]  = cmp(mir[15:8], 8'b110110xx);  // srbc/swrc
assign pl[3]  = cmp(mir[15:8], 8'b10101100);  // cad
assign pl[4]  = cmp(mir[15:8], 8'b11111111);  // nop
assign pl[5]  = cmp(mir[15:8], 8'b1111xxxx);  // I/O opcodes
assign pl[6]  = cmp(mir[15:8], 8'bx11111xx);  // output
assign pl[7]  = cmp(mir[15:8], 8'b1110001x);  // iw
assign pl[8]  = cmp(mir[15:8], 8'b111011xx);  // mi
assign pl[9]  = cmp(mir[15:8], 8'b01110101);  // lgl
assign pl[10] = cmp(mir[15:8], 8'b10xxxxxx);  // mb/mw

assign dmi[0]  = pl[0];
assign dmi[1]  = pl[1];
assign dmi[2]  = pl[2] & ~inpl;
assign dmi[3]  = pl[3];
assign dmi[4]  = pl[4];
assign dmi[5]  = pl[5] & ~inpl;
assign dmi[6]  = pl[6] & ~inpl;
assign dmi[7]  = pl[7] & ~inpl;
assign dmi[8]  = pl[8] & ~inpl;
assign dmi[9]  = pl[9] & ~inpl;
assign dmi[10] = pl[10];

endmodule

//______________________________________________________________________________
//
// PDP-11 conditional branch instruction matrix
//
module mcp_plb
(
   input  [15:0] dal,   // dal[15,11,10,9,8] bits
   input  [7:0] psw,    // processor status word
   output jump          // jump taken
);

function cmp
(
   input [4:0] br,
   input [4:0] op
);
begin
   casex(br)
      op:      cmp = 1'b1;
      default: cmp = 1'b0;
   endcase
end
endfunction

wire [4:0] br;

assign br = {dal[15], dal[11:8]};
assign jump = ~br[0] ^
            ( cmp(br[4:0], 5'b1011x) & psw[0]              // bcc/bcs, C
            | cmp(br[4:0], 5'b1010x) & psw[1]              // bvc/bvs, V
            | cmp(br[4:0], 5'b1001x) & psw[2]              // bhi/blos, Z | C
            | cmp(br[4:0], 5'b1001x) & psw[0]              // bhi/blos, Z | C
            | cmp(br[4:0], 5'b1000x) & psw[3]              // bpl/bmi, N
            | cmp(br[4:0], 5'b0011x) & (psw[3] ^ psw[1])   // bgt/ble, Z | (N ^ V)
            | cmp(br[4:0], 5'b0011x) & psw[2]              // bgt/ble, Z | (N ^ V)
            | cmp(br[4:0], 5'b0010x) & (psw[3] ^ psw[1])   // bge/blt, N ^ V
            | cmp(br[4:0], 5'b0001x) & psw[2]              // bne/beq, Z
            | cmp(br[4:0], 5'b0000x));                     // br
endmodule